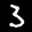
Label: 3